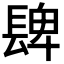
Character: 𨲋